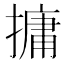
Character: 𪮧